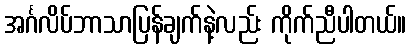
အင်္ဂလိပ်ဘာသာပြန်ချက်နဲ့လည်း ကိုက်ညီပါတယ်။